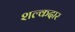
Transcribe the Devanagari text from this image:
शल्कदार